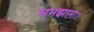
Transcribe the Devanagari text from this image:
समझाना।